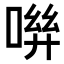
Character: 𠶽